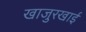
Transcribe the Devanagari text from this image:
खाजुरखाई